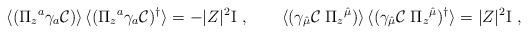
\begin{align*}\langle(\Pi_z{}^{a} \gamma_a {\cal C})\rangle \,\langle(\Pi_z{}^{a} \gamma_a {\cal C} ) ^\dagger \rangle =- |Z|^2 {\rm I} \ , \qquad \langle(\gamma_{\hat \mu} {\cal C} \;\Pi_z{}^{\hat\mu})\rangle \,\langle(\gamma_{\hat \mu} {\cal C} \; \Pi_z{}^{\hat \mu}) ^\dagger \rangle =|Z|^2 {\rm I} \ ,\end{align*}